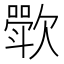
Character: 𬅰